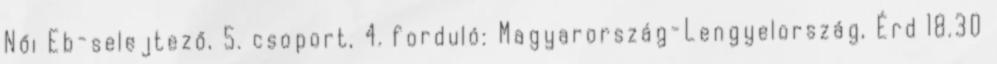
Női Eb-selejtező, 5. csoport, 4. forduló: Magyarország-Lengyelország, Érd 18.30